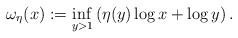
\begin{align*}\omega_{\eta}(x):= \inf_{y>1} \left(\eta(y)\log x+\log y\right).\end{align*}